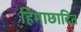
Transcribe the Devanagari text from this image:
हिमाछादित